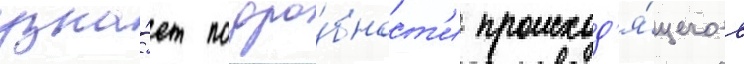
узна́ет подро́бност'и происход'я́щего в